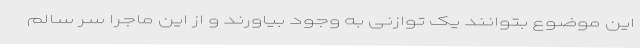
این موضوع بتوانند یک توازنی به وجود بیاورند و از این ماجرا سر سالم